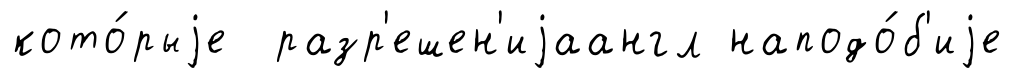
кото́рыjе разр'ешен'иjаангл наподо́б'иjе